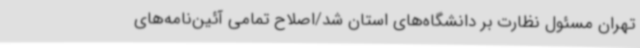
تهران مسئول نظارت بر دانشگاه‌های استان شد/اصلاح تمامی آئین‌نامه‌های